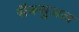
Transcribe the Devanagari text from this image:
सैक्सुअल